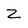
Character: Z